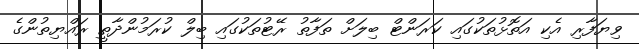
ވިޔަފާރި އެކި އަތޮޅުތަކުގައި ކަރަންޓް ބިލަށް ތަފާތު ރޭޓުތަކުގައި ބިލް ކުރަމުންދާތީ ރައްޔިތުންގެ